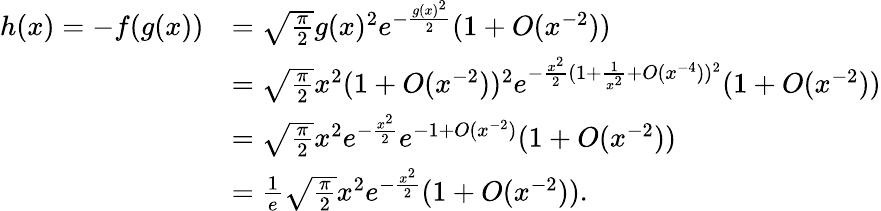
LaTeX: \begin{array}{rl}{h(x)=-f(g(x))}&{=\sqrt{\frac{\pi}{2}}g(x)^{2}e^{-\frac{g(x)^{2}}{2}}(1+O(x^{-2}))}\\ &{=\sqrt{\frac{\pi}{2}}x^{2}(1+O(x^{-2}))^{2}e^{-\frac{x^{2}}{2}(1+\frac{1}{x^{2}}+O(x^{-4}))^{2}}(1+O(x^{-2}))}\\ &{=\sqrt{\frac{\pi}{2}}x^{2}e^{-\frac{x^{2}}{2}}e^{-1+O(x^{-2})}(1+O(x^{-2}))}\\ &{=\frac 1{e}\sqrt{\frac{\pi}{2}}x^{2}e^{-\frac{x^{2}}{2}}(1+O(x^{-2})).}\end{array}